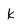
Character: K